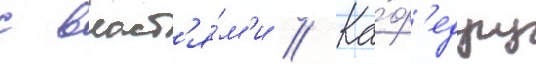
с власт'я́м'и // Ка́ф'едру